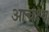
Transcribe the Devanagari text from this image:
आचक्ष्व